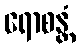
ရောစန္တံ